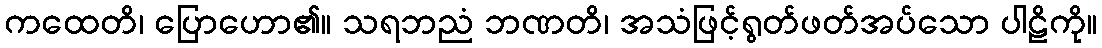
ကထေတိ၊ ပြောဟော၏။ သရဘညံ ဘဏတိ၊ အသံဖြင့်ရွတ်ဖတ်အပ်သော ပါဠိကို။